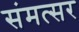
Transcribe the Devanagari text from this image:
संमत्सर